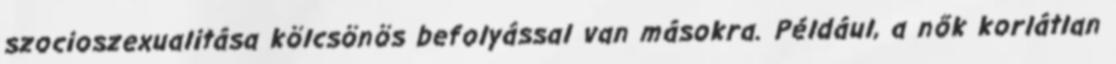
szocioszexualitása kölcsönös befolyással van másokra. Például, a nők korlátlan